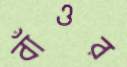
বাঁওর